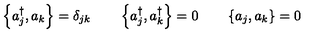
\left\{ a _ { j } ^ { \dagger } , a _ { k } \right\} = \delta _ { j k } \qquad \left\{ a _ { j } ^ { \dagger } , a _ { k } ^ { \dagger } \right\} = 0 \qquad \left\{ a _ { j } , a _ { k } \right\} = 0